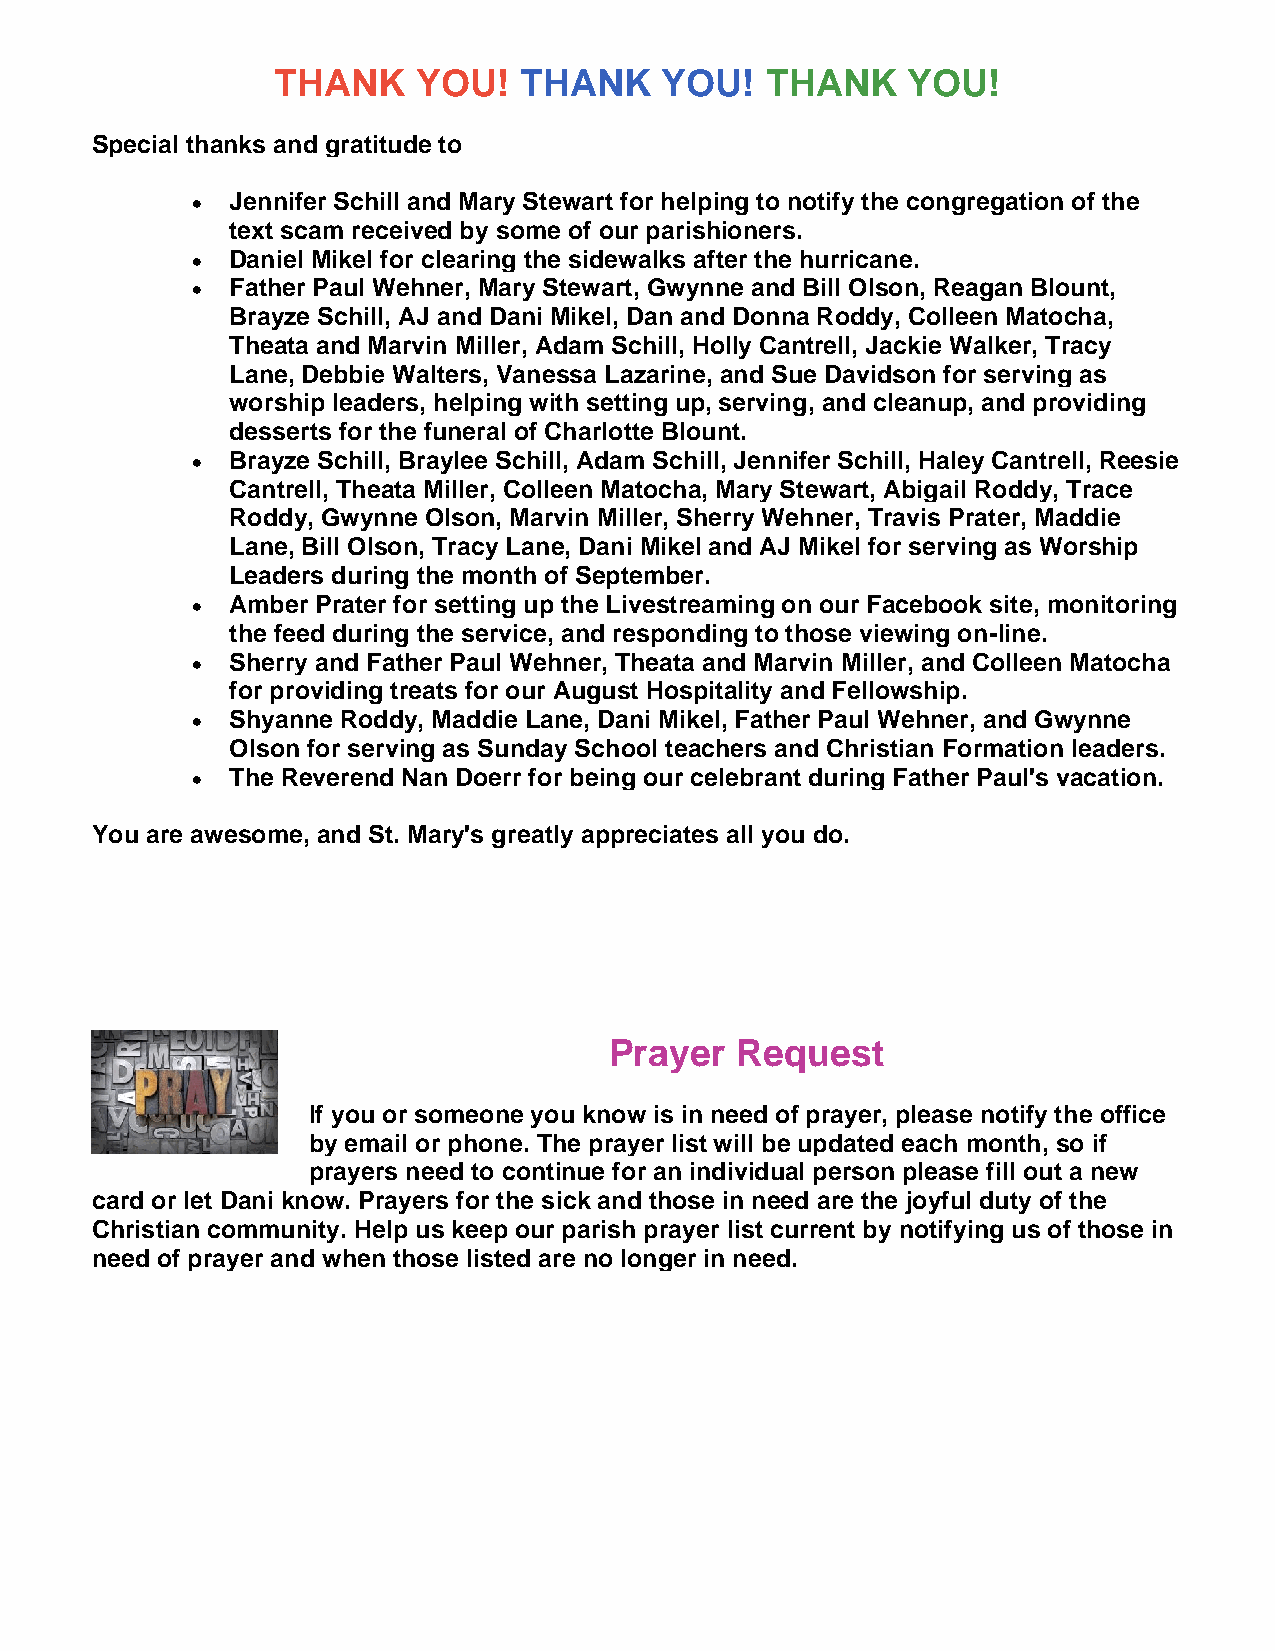
THANK     YOU!  THANK     YOU!   THANK    YOU!
 Special thanks and gratitude to
 • Jennifer Schill and Mary Stewart for helping to notify the congregation of the
 text scam received by some of our parishioners.
 • Daniel Mikel for clearing the sidewalks after the hurricane.
 • Father Paul Wehner, Mary Stewart, Gwynne and Bill Olson, Reagan Blount,
 Brayze Schill, AJ and Dani Mikel, Dan and Donna Roddy, Colleen Matocha,
 Theata and Marvin Miller, Adam Schill, Holly Cantrell, Jackie Walker, Tracy
 Lane, Debbie Walters, Vanessa Lazarine, and Sue Davidson for serving as
 worship leaders, helping with setting up, serving, and cleanup, and providing
 desserts for the funeral of Charlotte Blount.
 • Brayze Schill, Braylee Schill, Adam Schill, Jennifer Schill, Haley Cantrell, Reesie
 Cantrell, Theata Miller, Colleen Matocha, Mary Stewart, Abigail Roddy, Trace
 Roddy, Gwynne Olson, Marvin Miller, Sherry Wehner, Travis Prater, Maddie
 Lane, Bill Olson, Tracy Lane, Dani Mikel and AJ Mikel for serving as Worship
 Leaders during the month of September.
 • Amber Prater for setting up the Livestreaming on our Facebook site, monitoring
 the feed during the service, and responding to those viewing on-line.
 • Sherry and Father Paul Wehner, Theata and Marvin Miller, and Colleen Matocha
 for providing treats for our August Hospitality and Fellowship.
 • Shyanne Roddy, Maddie Lane, Dani Mikel, Father Paul Wehner, and Gwynne
 Olson for serving as Sunday School teachers and Christian Formation leaders.
 • The Reverend Nan Doerr for being our celebrant during Father Paul's vacation.
 You are awesome, and St. Mary's greatly appreciates all you do.
 Prayer   Request
 If you or someone you know is in need of prayer, please notify the office
 by email or phone. The prayer list will be updated each month, so if
 prayers need to continue for an individual person please fill out a new
 card or let Dani know. Prayers for the sick and those in need are the joyful duty of the
 Christian community. Help us keep our parish prayer list current by notifying us of those in
 need of prayer and when those listed are no longer in need.